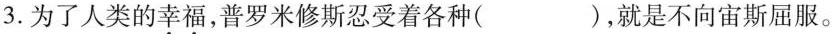
3.为了人类的幸福，普罗米修斯忍受着各种( )，就是不向宙斯屈服。